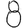
Digit: 8